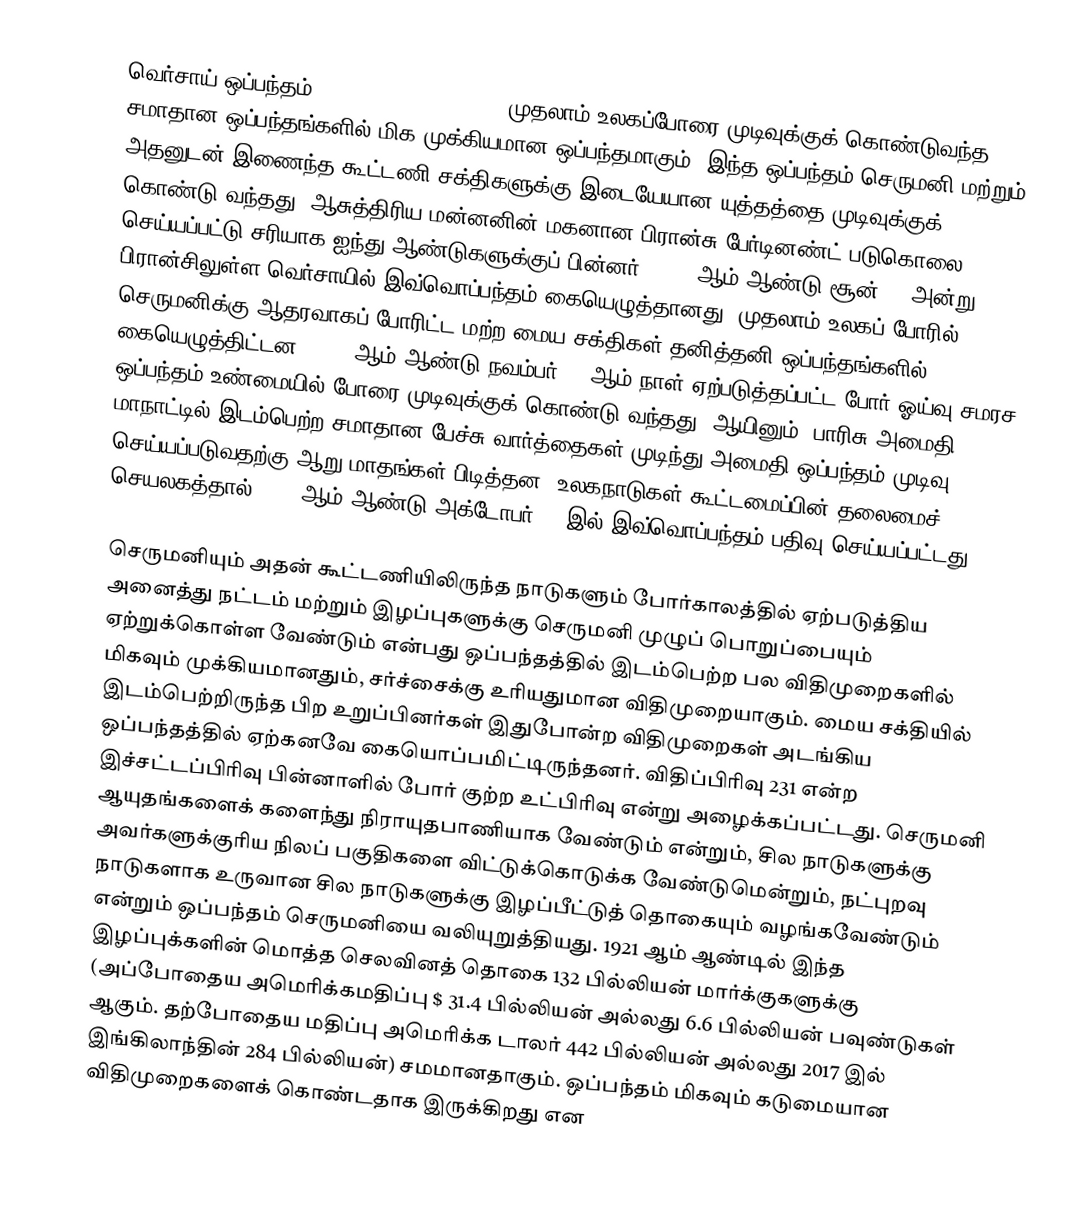
வெர்சாய் ஒப்பந்தம் (Treaty of Versailles) முதலாம் உலகப்போரை முடிவுக்குக் கொண்டுவந்த சமாதான ஒப்பந்தங்களில் மிக முக்கியமான ஒப்பந்தமாகும். இந்த ஒப்பந்தம் செருமனி  மற்றும் அதனுடன் இணைந்த கூட்டணி சக்திகளுக்கு இடையேயான யுத்தத்தை முடிவுக்குக் கொண்டு வந்தது. ஆசுத்திரிய மன்னனின் மகனான பிரான்சு பேர்டினண்ட் படுகொலை செய்யப்பட்டு சரியாக  ஐந்து ஆண்டுகளுக்குப் பின்னர், 1919 ஆம் ஆண்டு சூன் 28 அன்று பிரான்சிலுள்ள வெர்சாயில் இவ்வொப்பந்தம் கையெழுத்தானது. முதலாம் உலகப் போரில் செருமனிக்கு ஆதரவாகப் போரிட்ட மற்ற மைய சக்திகள் தனித்தனி ஒப்பந்தங்களில் கையெழுத்திட்டன .1918 ஆம் ஆண்டு நவம்பர் 11 ஆம் நாள் ஏற்படுத்தப்பட்ட போர் ஓய்வு சமரச ஒப்பந்தம் உண்மையில் போரை முடிவுக்குக் கொண்டு வந்தது. ஆயினும், பாரிசு அமைதி மாநாட்டில் இடம்பெற்ற சமாதான பேச்சு வார்த்தைகள் முடிந்து அமைதி ஒப்பந்தம் முடிவு செய்யப்படுவதற்கு ஆறு மாதங்கள் பிடித்தன. உலகநாடுகள் கூட்டமைப்பின் தலைமைச் செயலகத்தால் 1919 ஆம் ஆண்டு அக்டோபர் 21 இல் இவ்வொப்பந்தம் பதிவு செய்யப்பட்டது.

செருமனியும் அதன் கூட்டணியிலிருந்த நாடுகளும் போர்காலத்தில் ஏற்படுத்திய அனைத்து நட்டம் மற்றும் இழப்புகளுக்கு செருமனி முழுப் பொறுப்பையும் ஏற்றுக்கொள்ள வேண்டும் என்பது ஒப்பந்தத்தில் இடம்பெற்ற பல விதிமுறைகளில்  மிகவும் முக்கியமானதும், சர்ச்சைக்கு உரியதுமான விதிமுறையாகும். மைய சக்தியில் இடம்பெற்றிருந்த பிற உறுப்பினர்கள் இதுபோன்ற விதிமுறைகள் அடங்கிய ஒப்பந்தத்தில் ஏற்கனவே கையொப்பமிட்டிருந்தனர். விதிப்பிரிவு 231 என்ற இச்சட்டப்பிரிவு பின்னாளில் போர் குற்ற உட்பிரிவு என்று அழைக்கப்பட்டது. செருமனி ஆயுதங்களைக் களைந்து நிராயுதபாணியாக வேண்டும் என்றும், சில நாடுகளுக்கு அவர்களுக்குரிய நிலப் பகுதிகளை விட்டுக்கொடுக்க வேண்டுமென்றும், நட்புறவு நாடுகளாக உருவான சில நாடுகளுக்கு இழப்பீட்டுத் தொகையும் வழங்கவேண்டும் என்றும் ஒப்பந்தம் செருமனியை வலியுறுத்தியது. 1921 ஆம் ஆண்டில் இந்த இழப்புக்களின் மொத்த செலவினத் தொகை 132 பில்லியன் மார்க்குகளுக்கு (அப்போதைய அமெரிக்கமதிப்பு $ 31.4 பில்லியன் அல்லது 6.6 பில்லியன் பவுண்டுகள் ஆகும். தற்போதைய மதிப்பு அமெரிக்க டாலர்  442 பில்லியன் அல்லது 2017 இல் இங்கிலாந்தின்  284 பில்லியன்) சமமானதாகும். ஒப்பந்தம் மிகவும் கடுமையான விதிமுறைகளைக் கொண்டதாக இருக்கிறது என